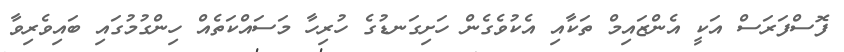
ފޮސްފަރަސް އަކީ އެންޒައިމް ތަކާއި އެކުވެގެން ހަށިގަނޑުގެ ހުރިހާ މަސައްކަތެއް ހިންގުމުގައި ބައިވެރިވާ